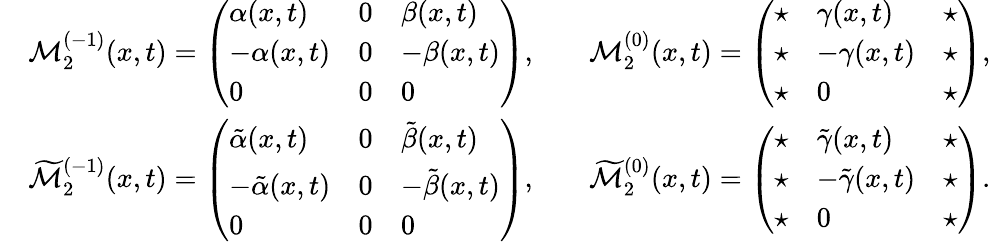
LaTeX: \begin{array}{rlrl}&{\mathcal{M}_{2}^{(-1)}(x,t)=\left(\begin{array}{lll}{\alpha(x,t)}&{0}&{\beta(x,t)}\\ {-\alpha(x,t)}&{0}&{-\beta(x,t)}\\ {0}&{0}&{0}\end{array}\right),}&&{\mathcal{M}_{2}^{(0)}(x,t)=\left(\begin{array}{lll}{\star}&{\gamma(x,t)}&{\star}\\ {\star}&{-\gamma(x,t)}&{\star}\\ {\star}&{0}&{\star}\end{array}\right),}\\ &{\widetilde{\mathcal{M}}_{2}^{(-1)}(x,t)=\left(\begin{array}{lll}{\tilde{\alpha}(x,t)}&{0}&{\tilde{\beta}(x,t)}\\ {-\tilde{\alpha}(x,t)}&{0}&{-\tilde{\beta}(x,t)}\\ {0}&{0}&{0}\end{array}\right),}&&{\widetilde{\mathcal{M}}_{2}^{(0)}(x,t)=\left(\begin{array}{lll}{\star}&{\tilde{\gamma}(x,t)}&{\star}\\ {\star}&{-\tilde{\gamma}(x,t)}&{\star}\\ {\star}&{0}&{\star}\end{array}\right).}\end{array}